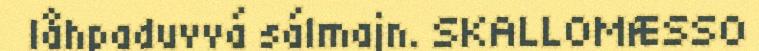
låhpaduvvá sálmajn. SKALLOMÆSSO